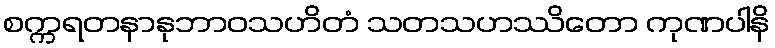
စက္ကရတနာနုဘာဝသဟိတံ သတသဟဿိတော ကုဏပါနိ